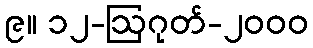
၉။ ၁၂-ဩဂုတ်-၂၀၀၀